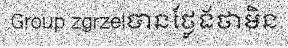
Group zgrzelបានថ្លែងថាមិន